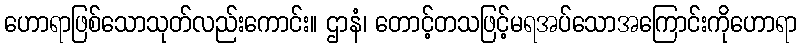
ဟောရာဖြစ်သောသုတ်လည်းကောင်း။ ဌာနံ၊ တောင့်တသဖြင့်မရအပ်သောအကြောင်းကိုဟောရာ